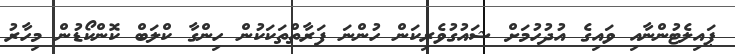
ޕައިލެޓުންނާއި ވައިގެ އުދުހުމަށް ޝައުގުވެރިކަން ހުންނަ ފަރާތްތަކަކުން ހިންގާ ކްލަބް ކޮންކޯޑުން މިހާރު